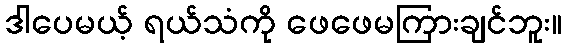
ဒါပေမယ့် ရယ်သံကို ဖေဖေမကြားချင်ဘူး။